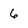
Character: 6